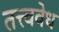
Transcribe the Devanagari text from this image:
तत्त्ववेध